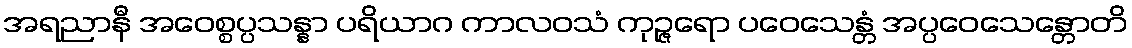
အရညာနီ အဝေစ္စပ္ပသန္နာ ပရိယာဂ ကာလဝသံ ကုဉ္ဇရော ပဝေသေန္တံ အပ္ပဝေသေန္တောတိ